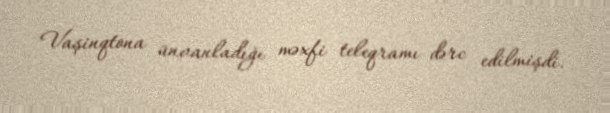
Vaşinqtona ünvanladığı məxfi teleqramı dərc edilmişdi.